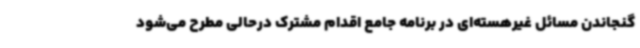
گنجاندن مسائل غیرهسته‌ای در برنامه جامع اقدام مشترک درحالی مطرح می‌شود